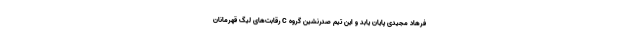
فرهاد مجیدی پایان یابد و این تیم صدرنشین گروه C رقابت‌های لیگ قهرمانان